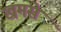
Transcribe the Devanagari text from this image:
खमसे